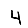
Digit: 4